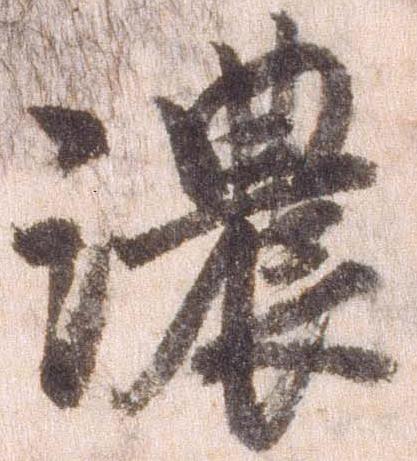
濃